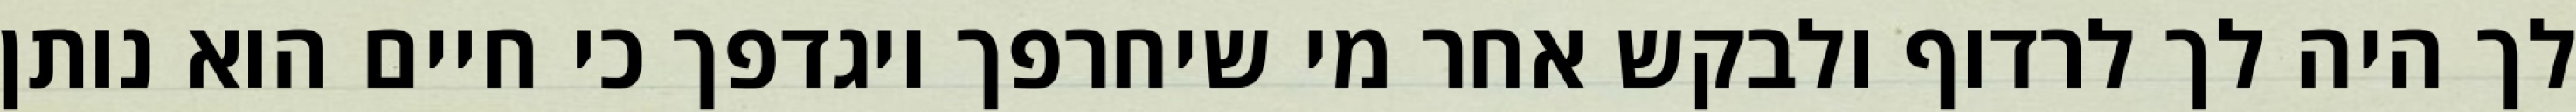
לך היה לך לרדוף ולבקש אחר מי שיחרפך ויגדפך כי חיים הוא נותן